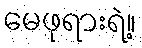
မေဖုရားရဲ့။